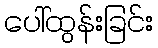
ပေါ်ထွန်းခြင်း